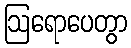
ဩရောပေတွာ